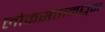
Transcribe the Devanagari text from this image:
लोकसत्तामधून